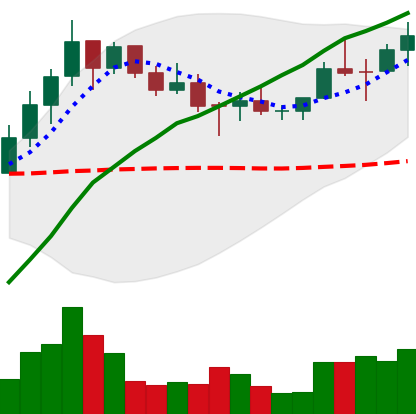
Ticker: LINK-USD
Chart end date: 2019-10-25
Forward return: -7.536%
Label: down_7plus